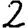
Digit: 2